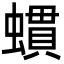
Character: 䗰